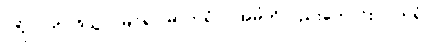
ပုဂ္ဂိုလ်ကို။ ဒိသွာ၊ မြင်၍။ မာတရံဝါ၊ အမိကိုလည်းကောင်း။ ပိတရံဝါ၊